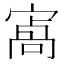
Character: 𡪝